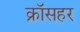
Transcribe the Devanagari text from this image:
क्रॉसहर